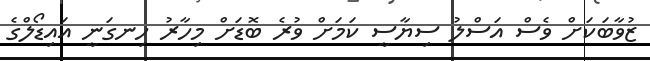
ޒުވާބަކަށް ވެސް އަސްލު ސިޔާސީ ކަމަށް ވުރެ ބޮޑަށް މިހާރު ހިނގަނީ އައިޑޯލްގެ